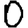
Digit: 0